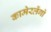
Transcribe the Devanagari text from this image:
कामेरलेंगो